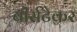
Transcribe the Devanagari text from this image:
बीर्सटेकर